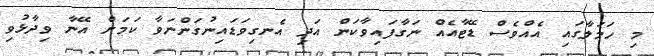
މި ހަމަލާގައި އެެއްވެސް ޑޭޓާއެއް ނަގާފައިވާކަން އަދި އެނގިވަަޑައިނުގަންނަވާ ކަމަށް އޭނާ ވިދާޅުވި